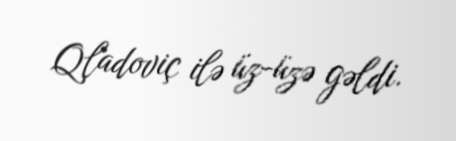
Qladoviç ilə üz-üzə gəldi.